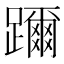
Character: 躎